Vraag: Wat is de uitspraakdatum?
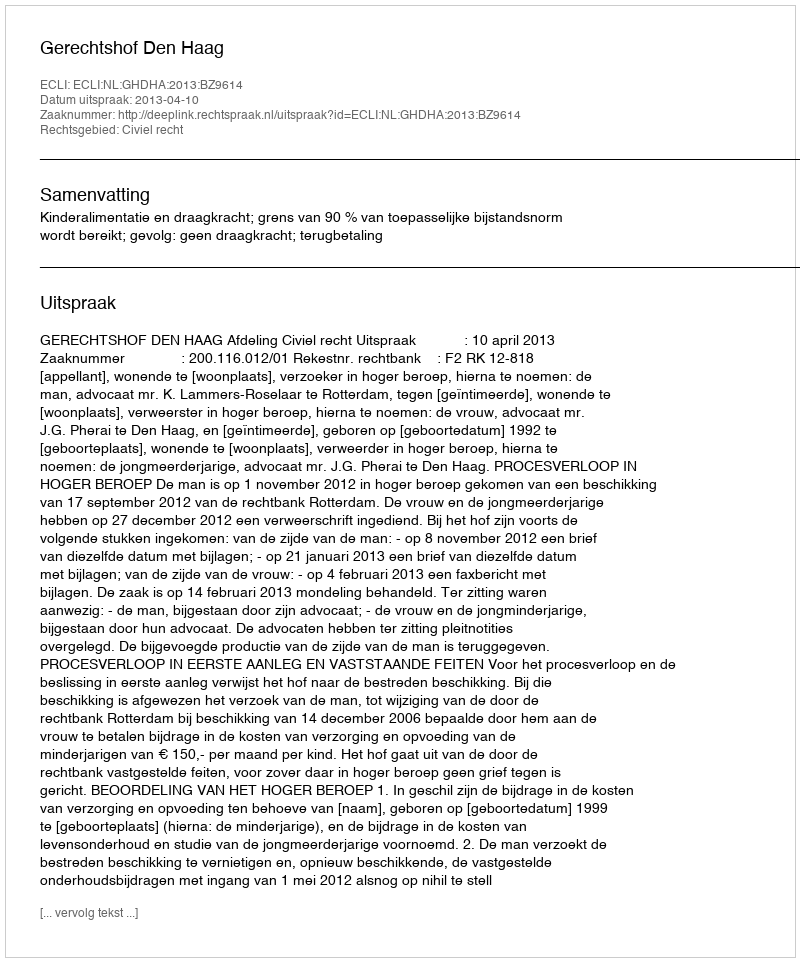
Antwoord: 2013-04-10